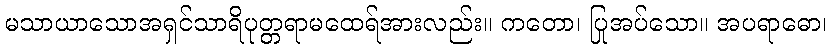
မသာယာသောအရှင်သာရိပုတ္တရာမထေရ်အားလည်း။ ကတော၊ ပြုအပ်သော။ အပရာဓော၊